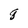
Character: q